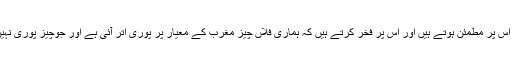
جو چیز اس معیار پر پورا اترتی ہے اسے درست سمجھتے ہیں، اس پر مطمئن ہوتے ہیں اور اس پر فخر کرتے ہیں کہ ہماری فلاں چیز مغرب کے معیار پر پوری اتر آئی ہے اور جوچیز پوری نہیں اترتی اسے شعوری یا غیر شعوری طور پر غلط سمجھتے ہیں۔